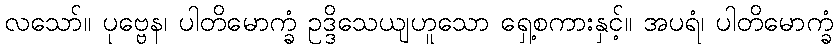
လသော်။ ပုဗ္ဗေန၊ ပါတိမောက္ခံ ဥဒ္ဒိသေယျဟူသော ရှေ့စကားနှင့်။ အပရံ၊ ပါတိမောက္ခံ